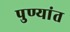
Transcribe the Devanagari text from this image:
पुण्यांत